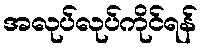
အလုပ်လုပ်ကိုင်ရန်